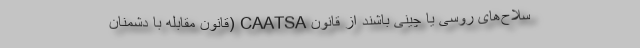
سلاح‌های روسی یا چینی باشند از قانون CAATSA (قانون مقابله با دشمنان